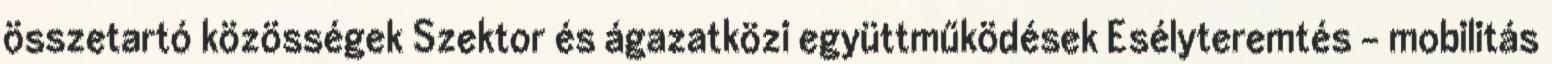
összetartó közösségek Szektor és ágazatközi együttműködések Esélyteremtés – mobilitás